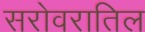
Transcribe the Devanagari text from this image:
सरोवरातिल